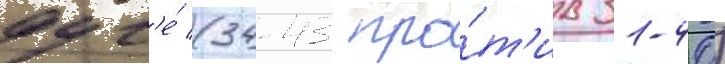
дуг'е́ (34-43 про́т'ив 31-40)